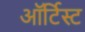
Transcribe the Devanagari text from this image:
ऑर्टिस्ट